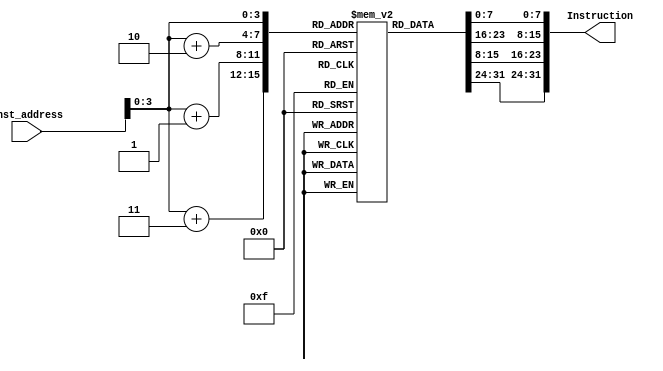
module Instruction_Memory
(
	input [63:0] Inst_address,
	output [31:0] Instruction
);

reg [7:0] inst_mem [15:0];

initial
	begin
		inst_mem[0] = 8'b10000011;
		inst_mem[1] = 8'b00110100;
		inst_mem[2] = 8'b10000101;
		inst_mem[3] = 8'b00000010;
		inst_mem[4] = 8'b10110011;
		inst_mem[5] = 8'b10000100;
		inst_mem[6] = 8'b10011010;
		inst_mem[7] = 8'b00000000;
		inst_mem[8] = 8'b10010011;
		inst_mem[9] = 8'b10000100;
		inst_mem[10] = 8'b00010100;
		inst_mem[11] = 8'b00000000;
		inst_mem[12] = 8'b00100011;
		inst_mem[13] = 8'b00110100;
		inst_mem[14] = 8'b10010101;
		inst_mem[15] = 8'b00000010;
	end

assign Instruction = {inst_mem[Inst_address+3],
inst_mem[Inst_address+2],inst_mem[Inst_address+1],
inst_mem[Inst_address]};
	
endmodule